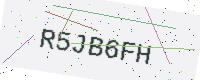
Text: R5JB6FH